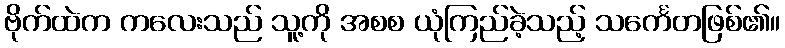
ဗိုက်ထဲက ကလေးသည် သူ့ကို အစစ ယုံကြည်ခဲ့သည့် သင်္ကေတဖြစ်၏။